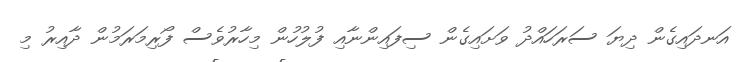
އަނދައިގެން ދިޔަ ސަރަހައްދު ވަށައިގެން ސިފައިންނާއި ފުލުހުން މިހާރުވެސް ފޯރިމަރަމުން ދާއިރު މި